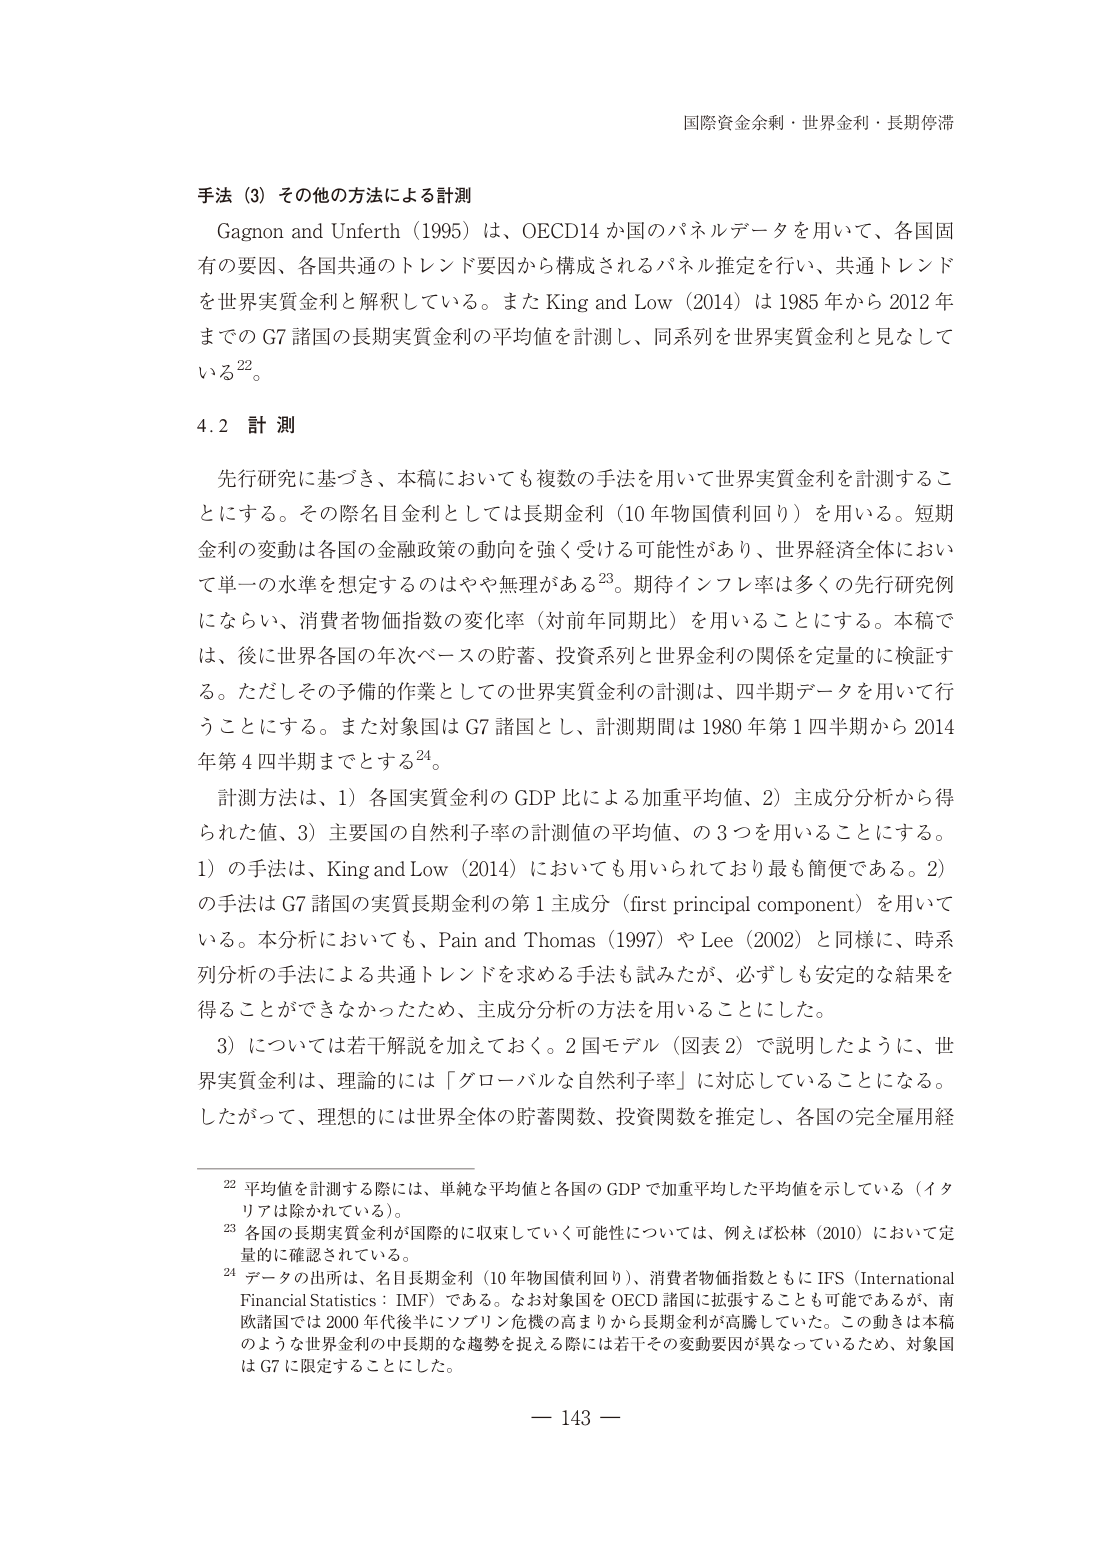
国際資金余剰・世界金利・長期停滞

手法（3）その他の方法による計測
Gagnon and Unterth（1995）は、OECD14か国のパネルデータを用いて、各国固有の要因、各国共通のトレンド要因から構成されるパネル推定を行い、共通トレンドを世界実質金利と解釈している。また King and Low（2014）は1985年から2012年までのG7諸国の長期実質金利の平均値を計測し、同系列を世界実質金利と見なしている22。

4.2 計測
先行研究に基づき、本稿においても複数の手法を用いて世界実質金利を計測することにする。その際名目金利としては長期金利（10年物国債利回り）を用いる。短期金利の変動は各国の金融政策の動向を強く受ける可能性があり、世界経済全体において単一の水準を想定するのはやや無理がある23。期待インフレ率は多くの先行研究例にならい、消費者物価指数の変化率（対前年同期比）を用いることにする。本稿では、後に世界各国の年次ベースの貯蓄、投資系列と世界金利の関係を定量的に検証する。ただしその予備的作業としての世界実質金利の計測は、四半期データを用いて行うこととする。また対象国はG7諸国とし、計測期間は1980年第1四半期から2014年第4四半期までとする24。

計測方法は、1）各国実質金利のGDP比による加重平均値、2）主成分分析から得られた値、3）主要国の自然利子率の計測値の平均値、の3つを用いることにする。1）の手法は、King and Low（2014）においても用いられており最も簡便である。2）の手法はG7諸国の実質長期金利の第1主成分（first principal component）を用いている。本分析においても、Pain and Thomas（1997）やLee（2002）と同様に、時系列分析の手法による共通トレンドを求める手法も試みたが、必ずしも安定的な結果を得ることができなかったため、主成分分析の方法を用いることにした。

3）については若干解説を加えておく。2国モデル（図表2）で説明したように、世界実質金利は、理論的には「グローバルな自然利子率」に対応していることになる。したがって、理想的には世界全体の貯蓄関数、投資関数を推定し、各国の完全雇用経

22 平均値を計測する際には、単純な平均値と各国のGDPで加重平均した平均値を示している（イタリアは除かれている）。
23 各国の長期実質金利が国際的に収束していく可能性については、例えば松林（2010）において定量的に確認されている。
24 データの出所は、名目長期金利（10年物国債利回り）、消費者物価指数ともにIFS（International Financial Statistics：IMF）である。なお対象国をOECD諸国に拡張することも可能であるが、南欧諸国では2000年代後半にソブリン危機の高まりから長期金利が高騰していた。この動きは本稿のような世界金利の中長期的な趨勢を捉える際には若干その変動要因が異なっているため、対象国はG7に限定することにした。

— 143 —